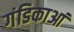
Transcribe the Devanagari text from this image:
गंडिकाआं